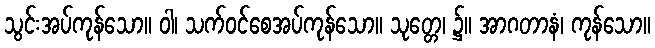
သွင်းအပ်ကုန်သော။ ဝါ၊ သက်ဝင်စေအပ်ကုန်သော။ သုတ္တေ၊ ၌။ အာဂတာနံ၊ ကုန်သော။